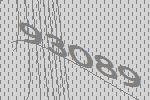
93089